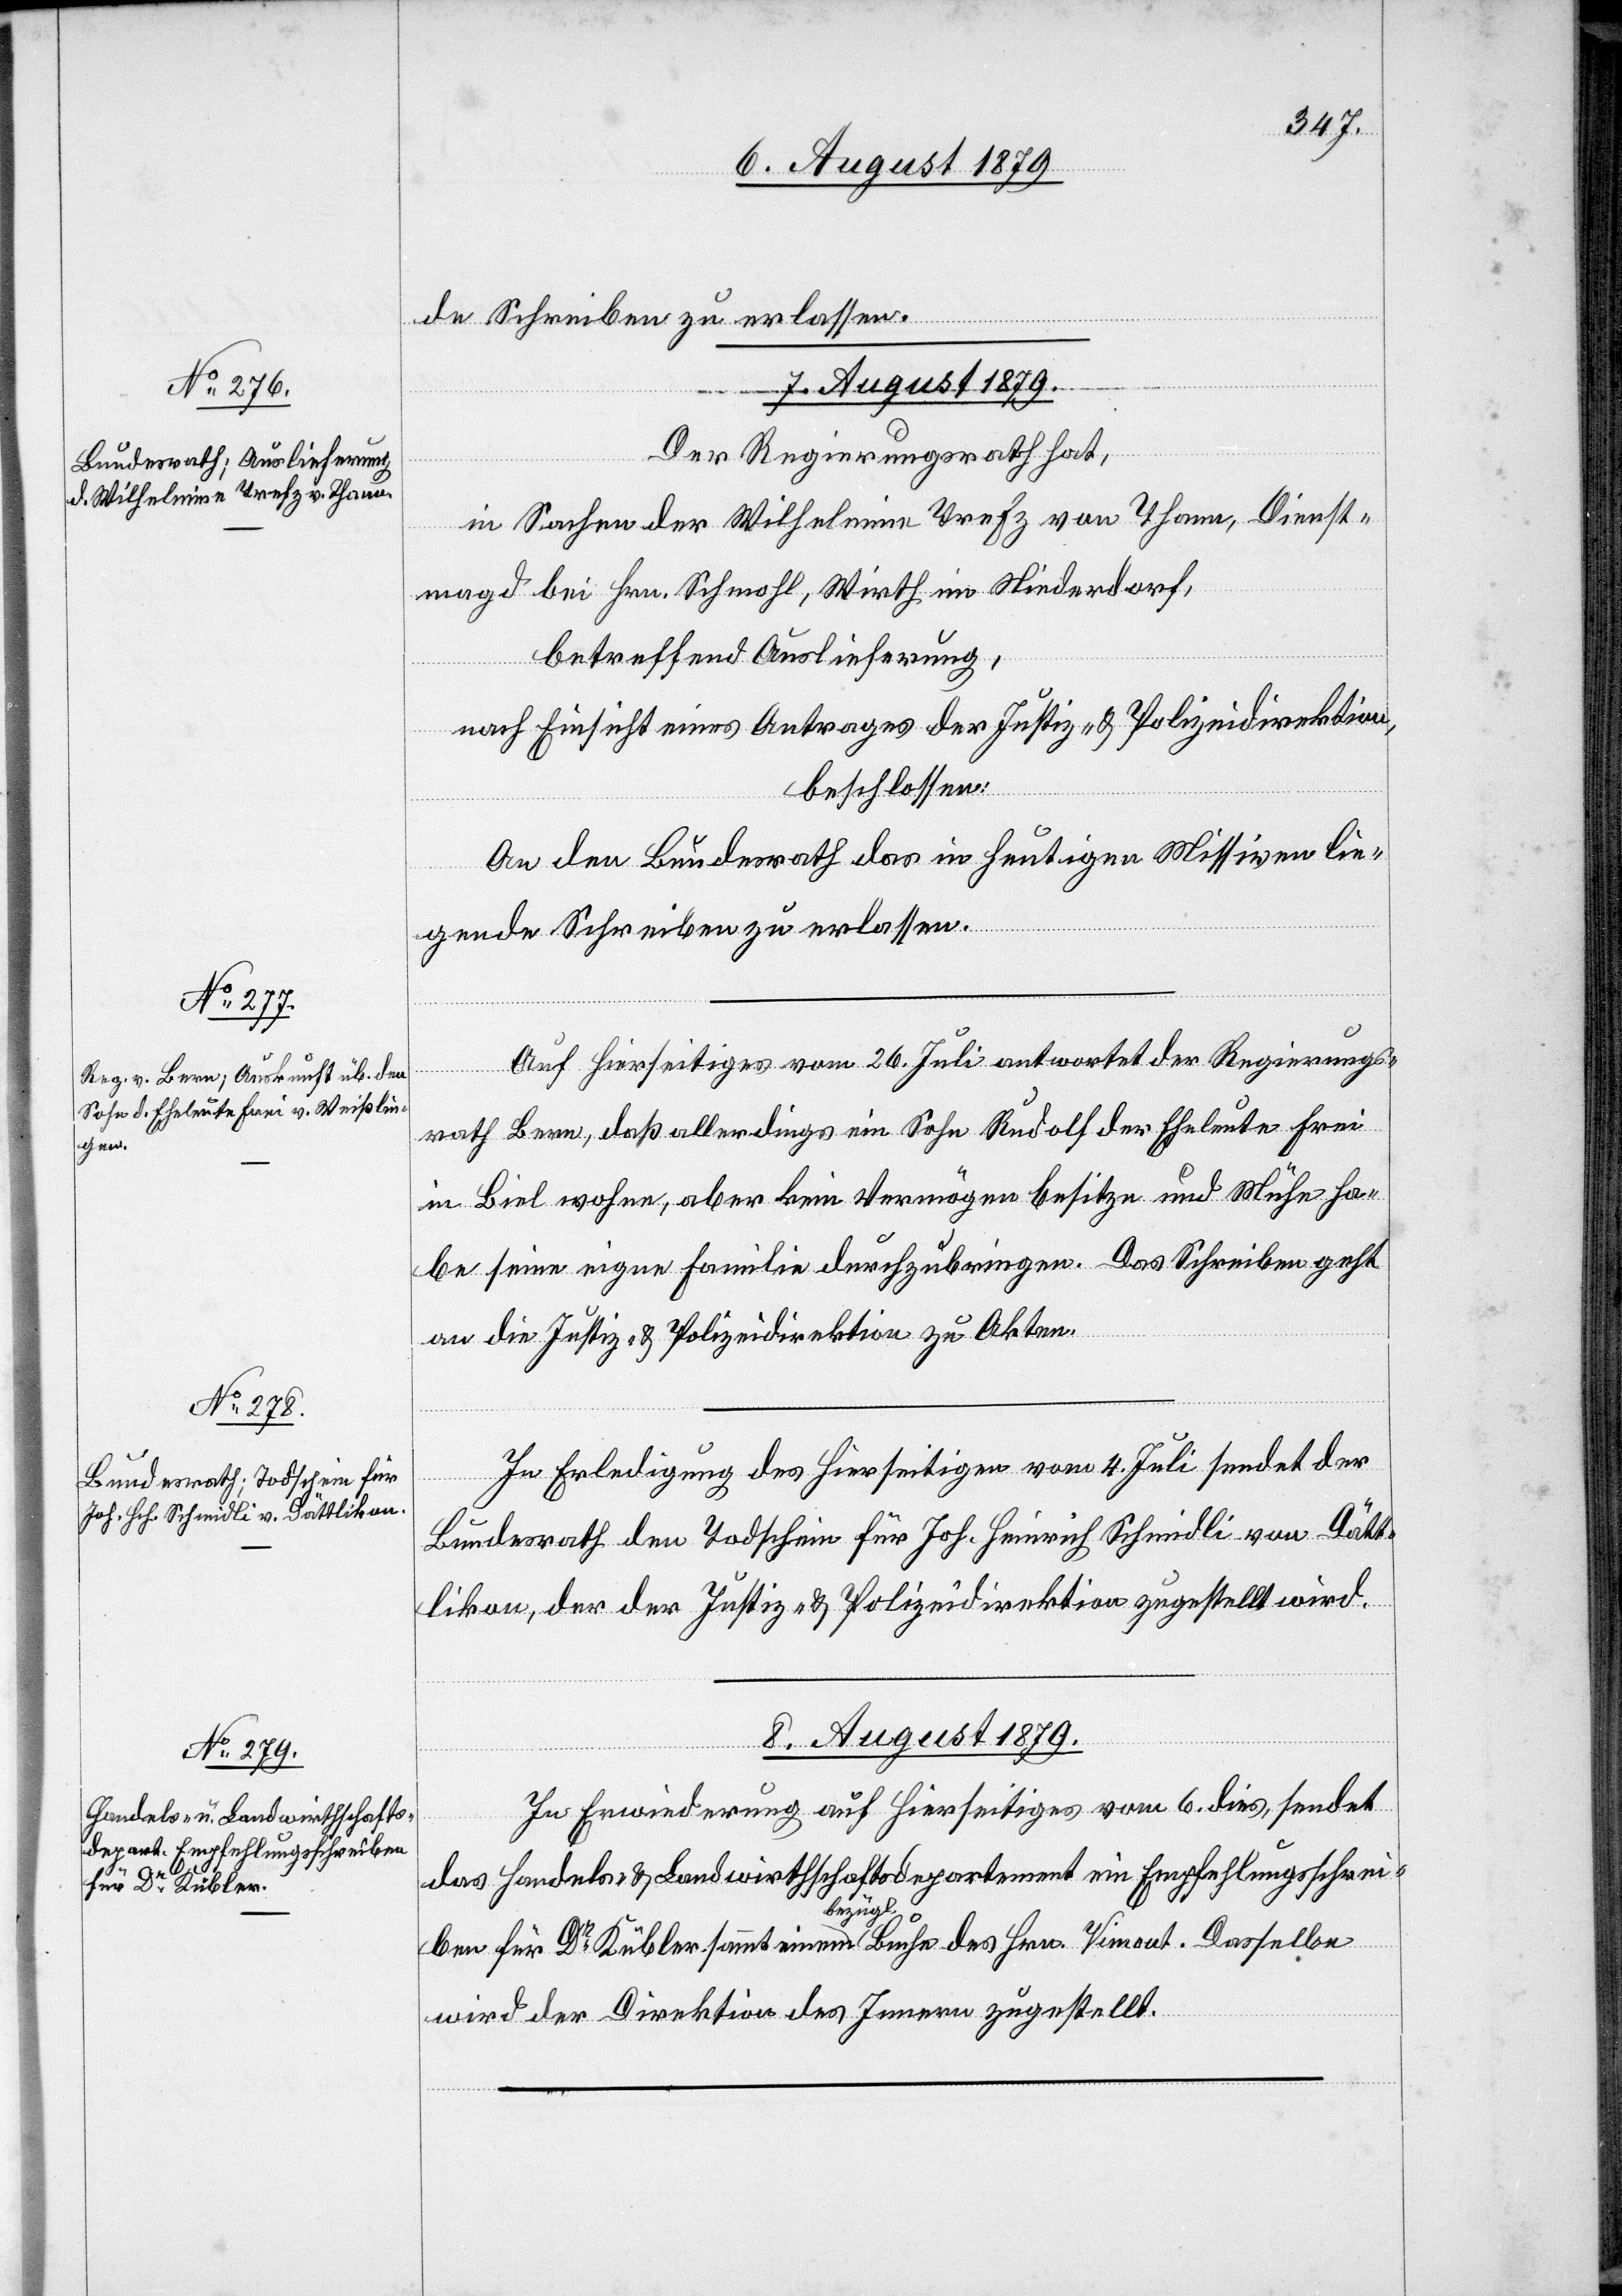
ben
für Dr Kübler

de Schreiben zu erlassen.
7. August 1879.]
Der Regierungsrath hat,
in Sachen der Wilhelmine Trefz von Thann, Dienst¬
magd bei Hrn. Schmohl, Wirth im Niederdorf,
betreffend Auslieferung,
nach Einsicht eines Antrages der Justiz- & Polizeidirektion,
beschlossen:
An den Bundesrath das in heutigen Missiven lie¬
Dasselbe
gende Schreiben zu erlassen.
Auf Hierseitiges vom 26. Juli antwortet der Regierungs¬
rath Bern, daß allerdings ein Sohn Rudolf der Eheleute Frei
in Biel wohne, aber kein Vermögen besitze und Mühe ha¬
be seine eigene Familie durchzubringen. Das Schreiben geht
an die Justiz- & Polizeidirektion zu Akten.
In Erledigung des Hierseitigen vom 4. Juli sendet der
Bundesrath den Todschein für Joh. Heinrich Schmidli von Dätt¬
likon, der der Justiz- & Polizeidirektion zugestellt wird.
8. August 1879.
In Erwiederung auf Hierseitiges vom 6. dies, sendet
das Handels- & Landwirthschaftsdepartement ein Empfehlungsschrei¬
bezügl.
wird der Direktion des Innern zugestellt.